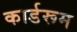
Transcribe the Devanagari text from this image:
कार्डरूम